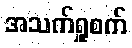
အသက်ရှူစက်